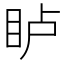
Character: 𪾦